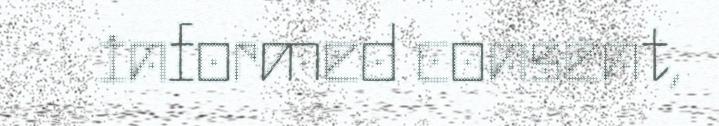
informed consent,